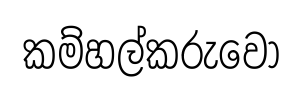
කම්හල්කරුවෝ